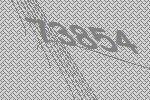
73854